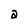
Character: a